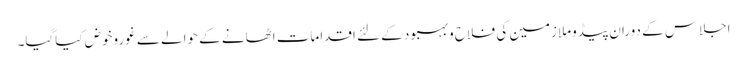
اجلاس کے دوران پیڈوملازمین کی فلاح وبہبود کے لئے اقدامات اٹھانے کے حوالے سے غوروخوض کیاگیا۔